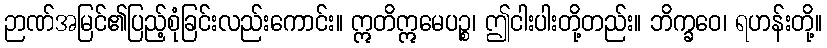
ဉာဏ်အမြင်၏ပြည့်စုံခြင်းလည်းကောင်း။ ဣတိဣမေပဉ္စ၊ ဤငါးပါးတို့တည်း။ ဘိက္ခဝေ၊ ရဟန်းတို့။